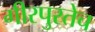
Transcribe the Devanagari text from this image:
गीरपुरतेच